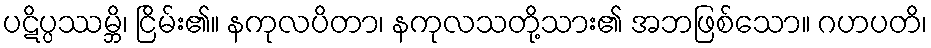
ပဋိပ္ပဿမ္ဘိ၊ ငြိမ်း၏။ နကုလပိတာ၊ နကုလသတို့သား၏ အဘဖြစ်သော။ ဂဟပတိ၊